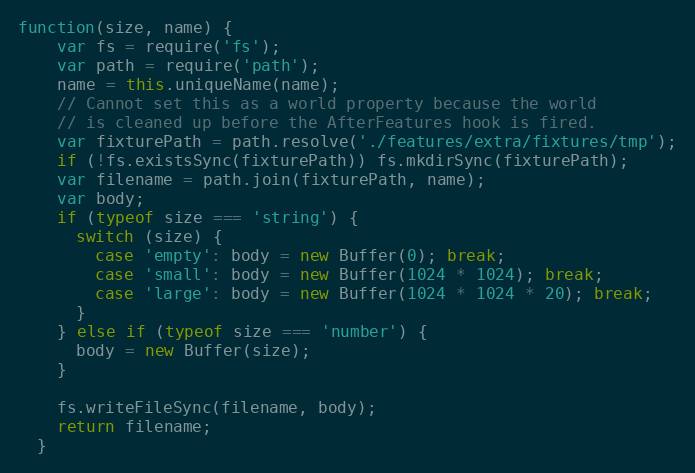
Language: JavaScript
function(size, name) {
    var fs = require('fs');
    var path = require('path');
    name = this.uniqueName(name);
    // Cannot set this as a world property because the world
    // is cleaned up before the AfterFeatures hook is fired.
    var fixturePath = path.resolve('./features/extra/fixtures/tmp');
    if (!fs.existsSync(fixturePath)) fs.mkdirSync(fixturePath);
    var filename = path.join(fixturePath, name);
    var body;
    if (typeof size === 'string') {
      switch (size) {
        case 'empty': body = new Buffer(0); break;
        case 'small': body = new Buffer(1024 * 1024); break;
        case 'large': body = new Buffer(1024 * 1024 * 20); break;
      }
    } else if (typeof size === 'number') {
      body = new Buffer(size);
    }

    fs.writeFileSync(filename, body);
    return filename;
  }